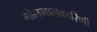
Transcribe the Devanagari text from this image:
गोलमालकारिणी